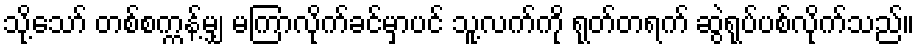
သို့သော် တစ်စက္ကန့်မျှ မကြာလိုက်ခင်မှာပင် သူ့လက်ကို ရုတ်တရက် ဆွဲရုပ်ပစ်လိုက်သည်။